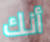
أنك